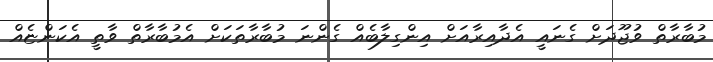
މުބާރާތް ވުޖޫދަށް ގެނައީ އެދާއިރާއަށް އިންގިލާބެއް ގެންނަ މުބާރާތަކަށް އެމުބާރާތް ވާތީ އެކަންޏެއް